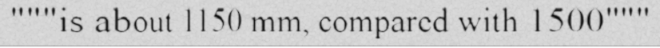
"""is about 1150 mm, compared with 1500"""